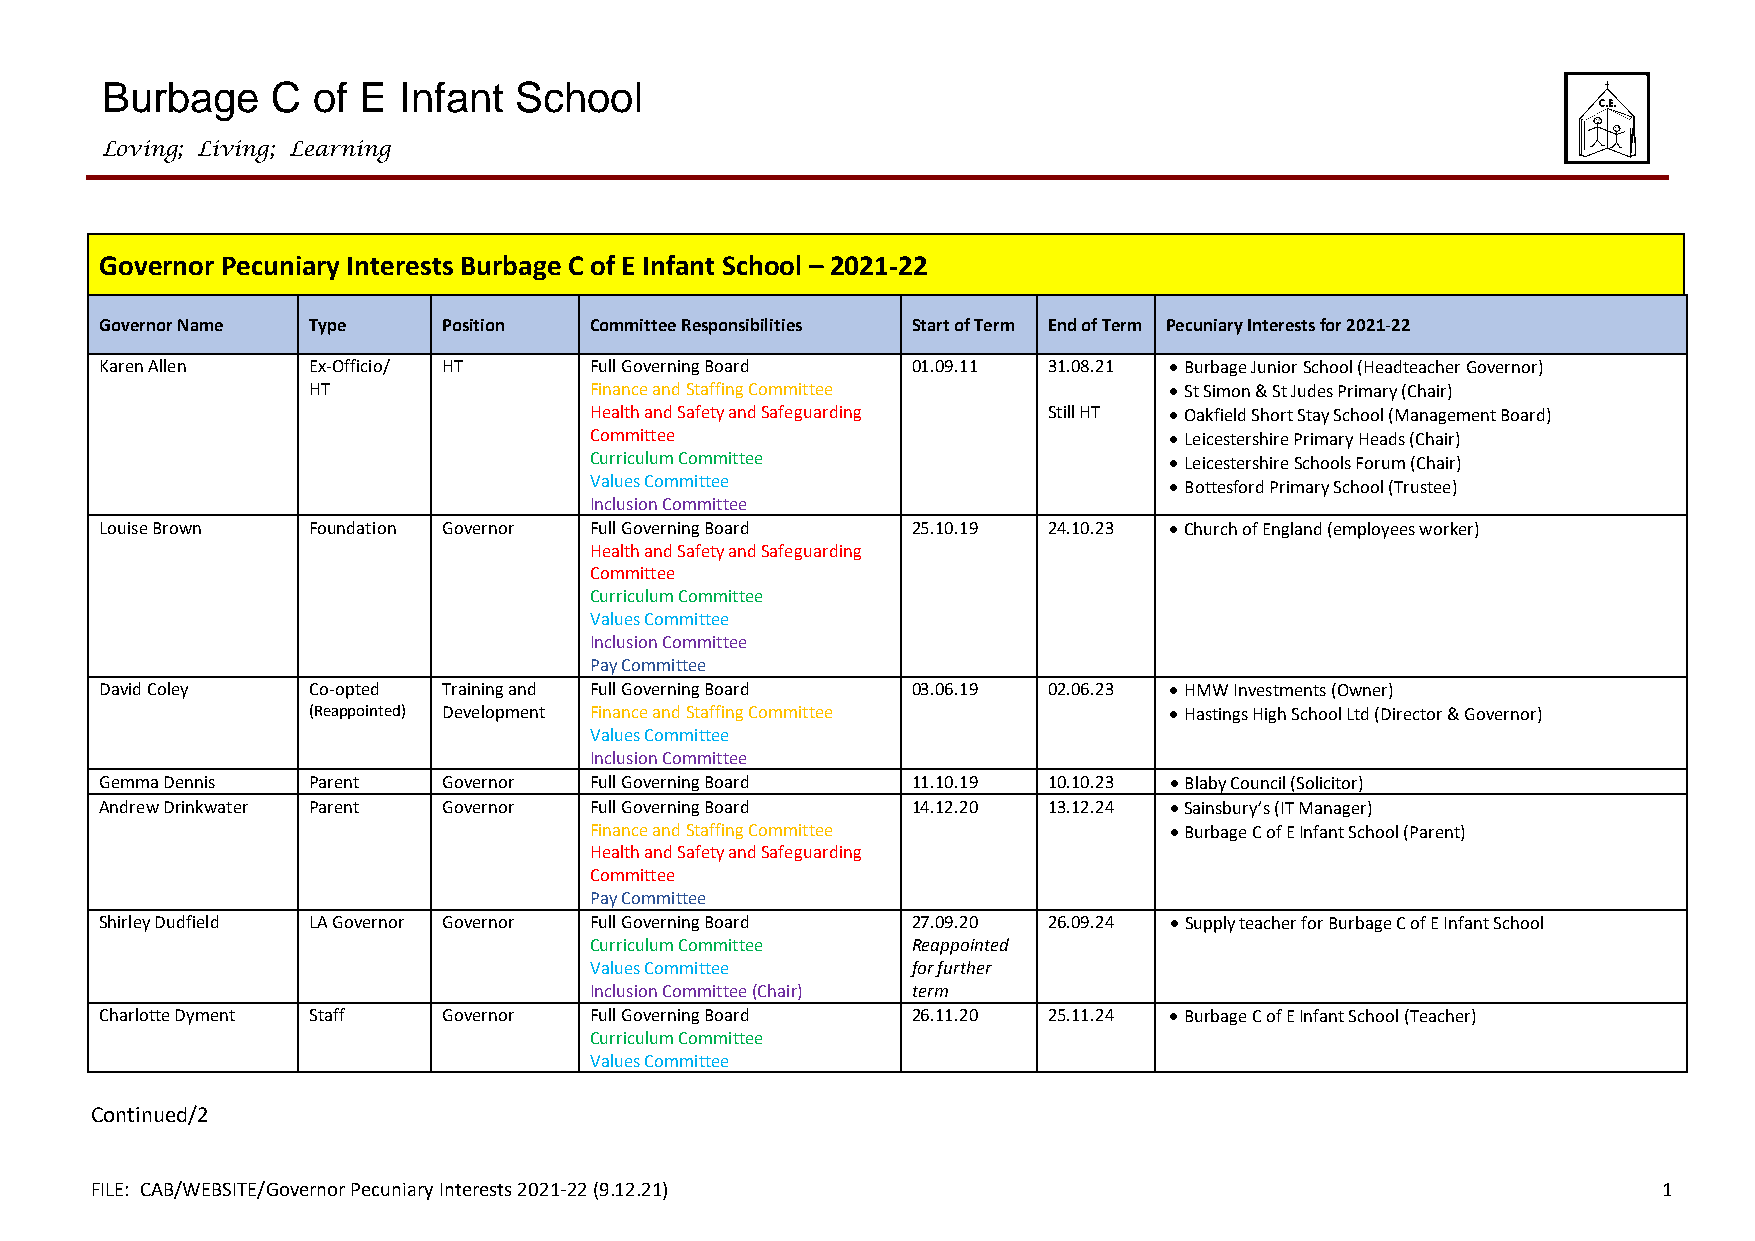
Burbage    C  of E Infant  School
 Loving; Living; Learning
 Governor Pecuniary Interests Burbage C of E Infant School – 2021-22
 Governor Name Type    Position  Committee Responsibilities Start of Term End of Term Pecuniary Interests for 2021-22
 Karen Allen  Ex-Officio/ HT     Full Governing Board 01.09.11 31.08.21  Burbage Junior School (Headteacher Governor)
 HT                 Finance and Staffing Committee         St Simon & St Judes Primary (Chair)
 Health and Safety and Safeguarding Still HT  Oakfield Short Stay School (Management Board)
 Committee                              Leicestershire Primary Heads (Chair)
 Curriculum Committee                   Leicestershire Schools Forum (Chair)
 Values Committee                       Bottesford Primary School (Trustee)
 Inclusion Committee
 Louise Brown Foundation Governor Full Governing Board 25.10.19 24.10.23  Church of England (employees worker)
 Health and Safety and Safeguarding
 Committee
 Curriculum Committee
 Values Committee
 Inclusion Committee
 Pay Committee
 David Coley  Co-opted Training and Full Governing Board 03.06.19 02.06.23  HMW Investments (Owner)
 (Reappointed) Development Finance and Staffing Committee  Hastings High School Ltd (Director & Governor)
 Values Committee
 Inclusion Committee
 Gemma Dennis Parent   Governor  Full Governing Board 11.10.19 10.10.23  Blaby Council (Solicitor)
 Andrew Drinkwater Parent Governor Full Governing Board 14.12.20 13.12.24  Sainsbury’s (IT Manager)
 Finance and Staffing Committee         Burbage C of E Infant School (Parent)
 Health and Safety and Safeguarding
 Committee
 Pay Committee
 Shirley Dudfield LA Governor Governor Full Governing Board 27.09.20 26.09.24  Supply teacher for Burbage C of E Infant School
 Curriculum Committee Reappointed
 Values Committee     for further
 Inclusion Committee (Chair) term
 Charlotte Dyment Staff Governor Full Governing Board 26.11.20 25.11.24  Burbage C of E Infant School (Teacher)
 Curriculum Committee
 Values Committee
 Continued/2
 FILE: CAB/WEBSITE/Governor Pecuniary Interests 2021-22 (9.12.21)                                        1